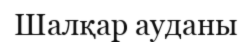
Шалқар ауданы